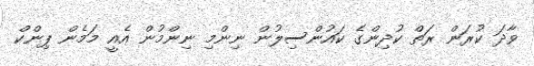
ވާދަ ކުރަން ރަތް ކުދިންގެ ކައުންސިލުން ނިންމި ނިންމުން އެއީ މަމެން ޕިންކް